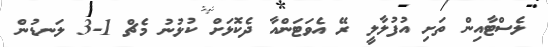
ލެސްޓާއިން ތަށި އުފުލާލީ ރޭ އެވަޓަންއާ ދެކޮޅަށް ކުޅުނު މެޗް 1-3 ލަނޑުން